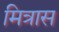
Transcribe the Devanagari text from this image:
मित्रास